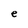
Character: e